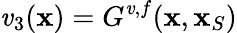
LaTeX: \mathit{v}_{3}({\mathbf{x}})=G^{\mathit{v},f}({\mathbf{x}},{\mathbf{x}}_{S})